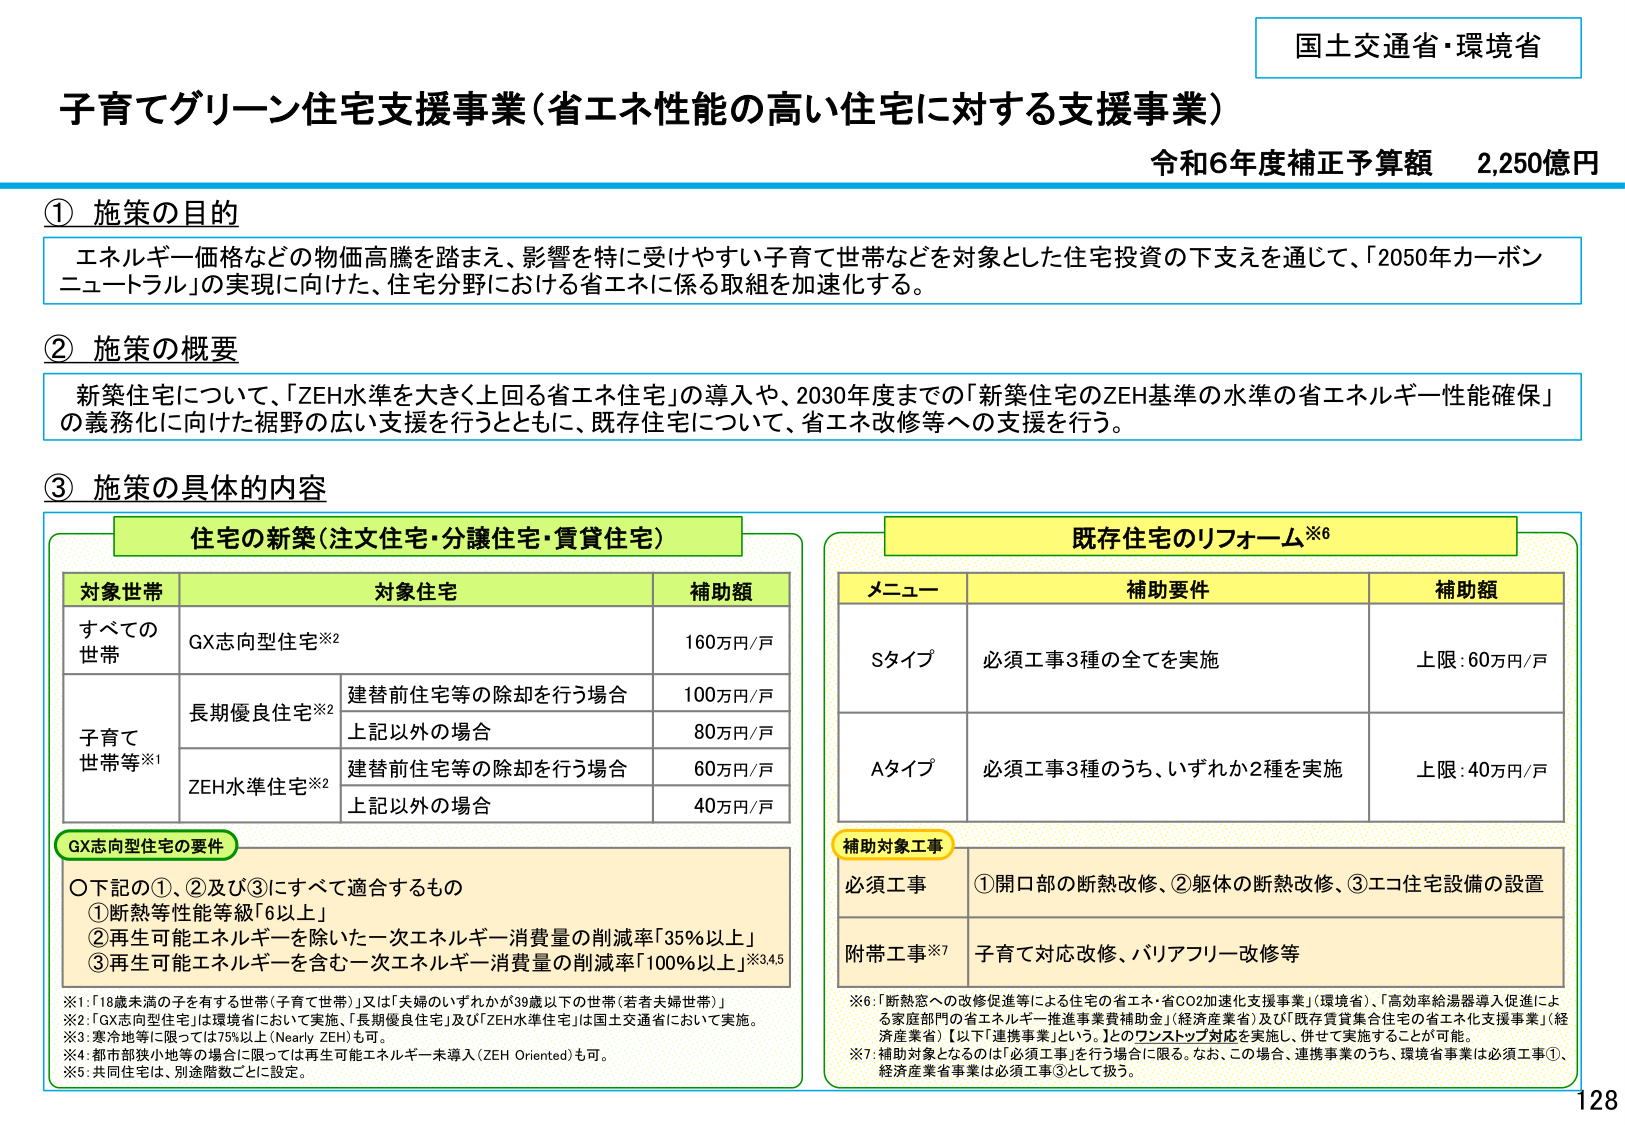
国土交通省・環境省
子育てグリーン住宅支援事業（省エネ性能の高い住宅に対する支援事業）
令和6年度補正予算額　2,250億円

① 施策の目的
エネルギー価格などの物価高騰を踏まえ、影響を特に受けやすい子育て世帯などを対象とした住宅投資の下支えを通じて、「2050年カーボンニュートラル」の実現に向けた、住宅分野における省エネに係る取組を加速化する。

② 施策の概要
新築住宅について、「ZEH水準を大きく上回る省エネ住宅」の導入や、2030年度までの「新築住宅のZEH基準の水準の省エネルギー性能確保」の義務化に向けた裾野の広い支援を行うとともに、既存住宅について、省エネ改修等への支援を行う。

③ 施策の具体的内容

住宅の新築（注文住宅・分譲住宅・賃貸住宅）
対象世帯　対象住宅　補助額
すべての世帯　GX志向型住宅※2　160万円/戸
子育て世帯等※1　長期優良住宅※2　建替前住宅等の除却を行う場合　100万円/戸
　　　　　　　　　　　　　　　　　上記以外の場合　80万円/戸
　　　　　　　　　ZEH水準住宅※2　建替前住宅等の除却を行う場合　60万円/戸
　　　　　　　　　　　　　　　　　上記以外の場合　40万円/戸

GX志向型住宅の要件
〇下記の①、②及び③にすべて適合するもの
①断熱等性能等級「6以上」
②再生可能エネルギーを除いた一次エネルギー消費量の削減率「35％以上」
③再生可能エネルギーを含む一次エネルギー消費量の削減率「100％以上」※3,4,5

※1：「18歳未満の子を有する世帯（子育て世帯）」又は「夫婦のいずれかが39歳以下の世帯（若者夫婦世帯）」
※2：「GX志向型住宅」は環境省において実施、「長期優良住宅」及び「ZEH水準住宅」は国土交通省において実施。
※3：寒冷地等に限っては75％以上（Nearly ZEH）も可。
※4：都市部狭小地等の場合に限っては再生可能エネルギー未導入（ZEH Oriented）も可。
※5：共同住宅は、別途階数ごとに設定。

既存住宅のリフォーム※6
メニュー　補助要件　補助額
Sタイプ　必須工事3種の全てを実施　上限：60万円/戸
Aタイプ　必須工事3種のうち、いずれか2種を実施　上限：40万円/戸

補助対象工事
必須工事　①開口部の断熱改修、②躯体の断熱改修、③エコ住宅設備の設置
附帯工事※7　子育て対応改修、バリアフリー改修等

※6：「断熱窓への改修促進等による住宅の省エネ・省CO2加速化支援事業」（環境省）、「高効率給湯器導入促進による家庭部門の省エネルギー推進事業費補助金」（経済産業省）及び「既存賃貸集合住宅の省エネ化支援事業」（経済産業省）【以下「連携事業」という。】とのワンストップ対応を実施し、併せて実施することが可能。
※7：補助対象となるのは「必須工事」を行う場合に限る。なお、この場合、連携事業のうち、環境省事業は必須工事①、経済産業省事業は必須工事③として扱う。

128